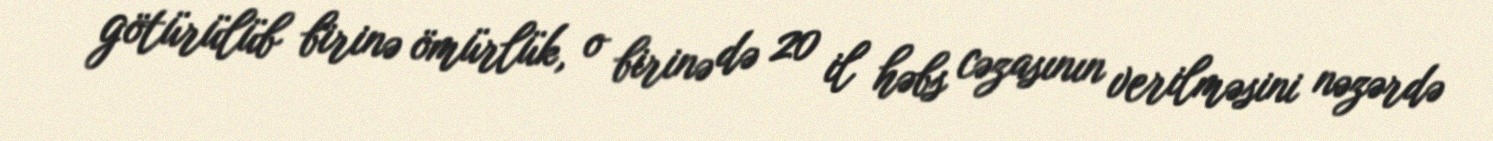
götürülüb birinə ömürlük, o birinə də 20 il həbs cəzasının verilməsini nəzərdə